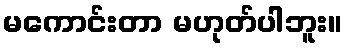
မကောင်းတာ မဟုတ်ပါဘူး။